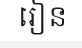
រៀន